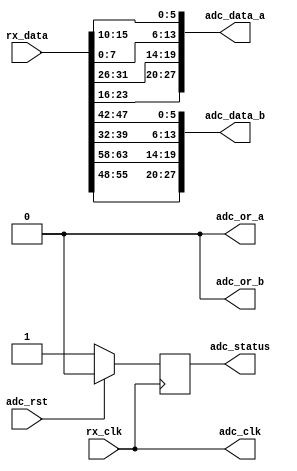
module axi_ad9250_if (
  rx_clk,
  rx_data,
  adc_clk,
  adc_rst,
  adc_data_a,
  adc_data_b,
  adc_or_a,
  adc_or_b,
  adc_status);
  input           rx_clk;
  input   [63:0]  rx_data;
  output          adc_clk;
  input           adc_rst;
  output  [27:0]  adc_data_a;
  output  [27:0]  adc_data_b;
  output          adc_or_a;
  output          adc_or_b;
  output          adc_status;
  reg             adc_status = 'd0;
  wire    [15:0]  adc_data_a_s1_s;
  wire    [15:0]  adc_data_a_s0_s;
  wire    [15:0]  adc_data_b_s1_s;
  wire    [15:0]  adc_data_b_s0_s;
  assign adc_clk = rx_clk;
  assign adc_or_a = 1'b0;
  assign adc_or_b = 1'b0;
  assign adc_data_a = {adc_data_a_s1_s[13:0], adc_data_a_s0_s[13:0]};
  assign adc_data_b = {adc_data_b_s1_s[13:0], adc_data_b_s0_s[13:0]};
  assign adc_data_a_s1_s = {rx_data[25:24], rx_data[23:16], rx_data[31:26]}; 
  assign adc_data_a_s0_s = {rx_data[ 9: 8], rx_data[ 7: 0], rx_data[15:10]};
  assign adc_data_b_s1_s = {rx_data[57:56], rx_data[55:48], rx_data[63:58]}; 
  assign adc_data_b_s0_s = {rx_data[41:40], rx_data[39:32], rx_data[47:42]};
  always @(posedge rx_clk) begin
    if (adc_rst == 1'b1) begin
      adc_status <= 1'b0;
    end else begin
      adc_status <= 1'b1;
    end
  end
endmodule